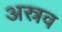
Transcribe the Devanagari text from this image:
अस्रव